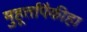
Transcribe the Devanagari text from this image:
मुहूर्तांपैकीहा